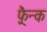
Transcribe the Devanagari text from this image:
फ़्रैन्क